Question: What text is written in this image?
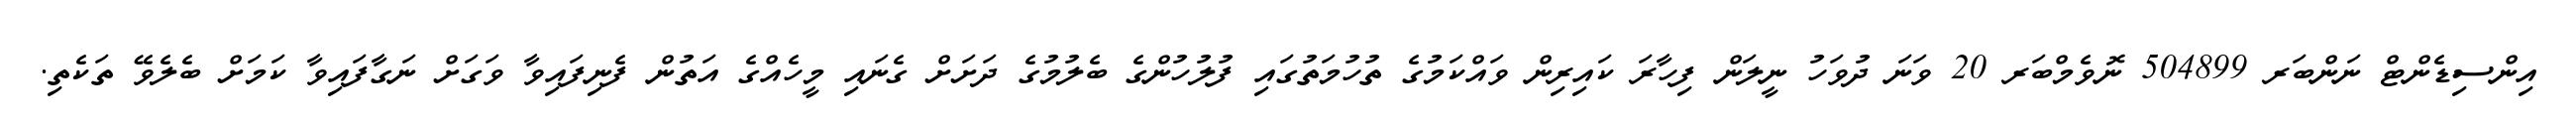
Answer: އިންސިޑެންޓް ނަންބަރ 504899 ނޮވެމްބަރ 20 ވަނަ ދުވަހު ނީލަން ފިހާރަ ކައިރިން ވައްކަމުގެ ތުހުމަތުގައި ފުލުހުންގެ ބެލުމުގެ ދަށަށް ގެނައި މީހެއްގެ އަތުން ފެނިފައިވާ ވަގަށް ނަގާފައިވާ ކަމަށް ބެލެވޭ ތަކެތި.